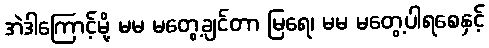
အဲဒါကြောင့်မို့ မမ မတွေ့ချင်တာ မြရေ၊ မမ မတွေ့ပါရစေနှင့်